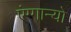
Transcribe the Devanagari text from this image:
एंग्गान्यो